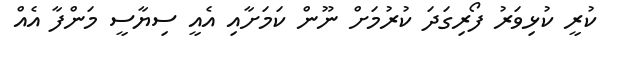
ކުރީ ކުޅިވަރު ފޯރިގަދަ ކުރުމަށް ނޫން ކަމަށާއި އެއީ ސިޔާސީ މަންފާ އެއް